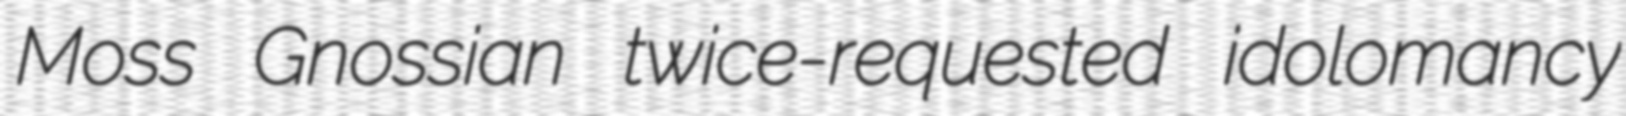
Moss Gnossian twice-requested idolomancy